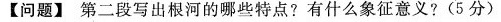
【问题】第二段写出根河的哪些特点?有什么象征意义? (5分)